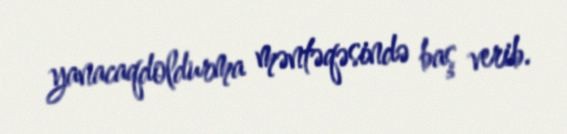
yanacaqdoldurma məntəqəsində baş verib.